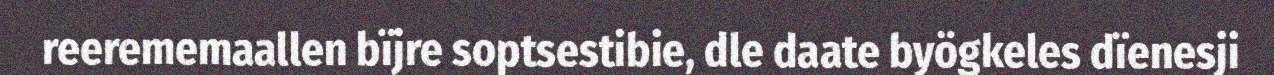
reerememaallen bïjre soptsestibie, dle daate byögkeles dïenesji